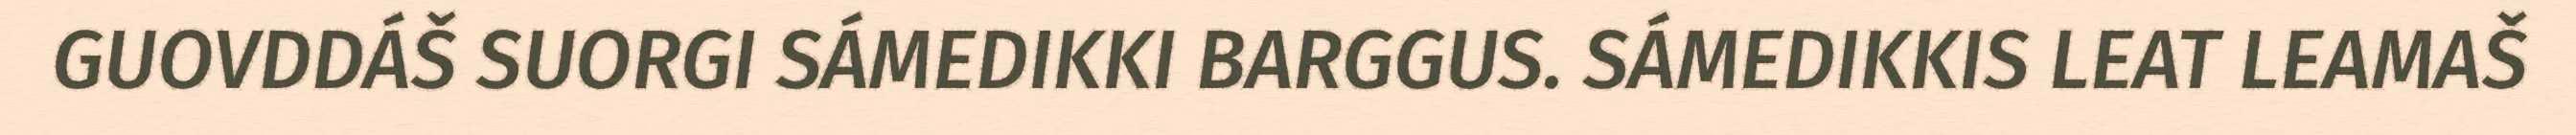
GUOVDDÁŠ SUORGI SÁMEDIKKI BARGGUS. SÁMEDIKKIS LEAT LEAMAŠ